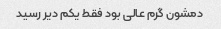
دمشون گرم عالی بود فقط یکم دیر رسید